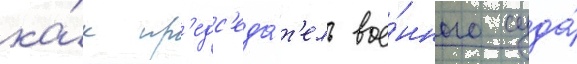
ка́к пр'едс'еда́т'ель вое́нного суда́